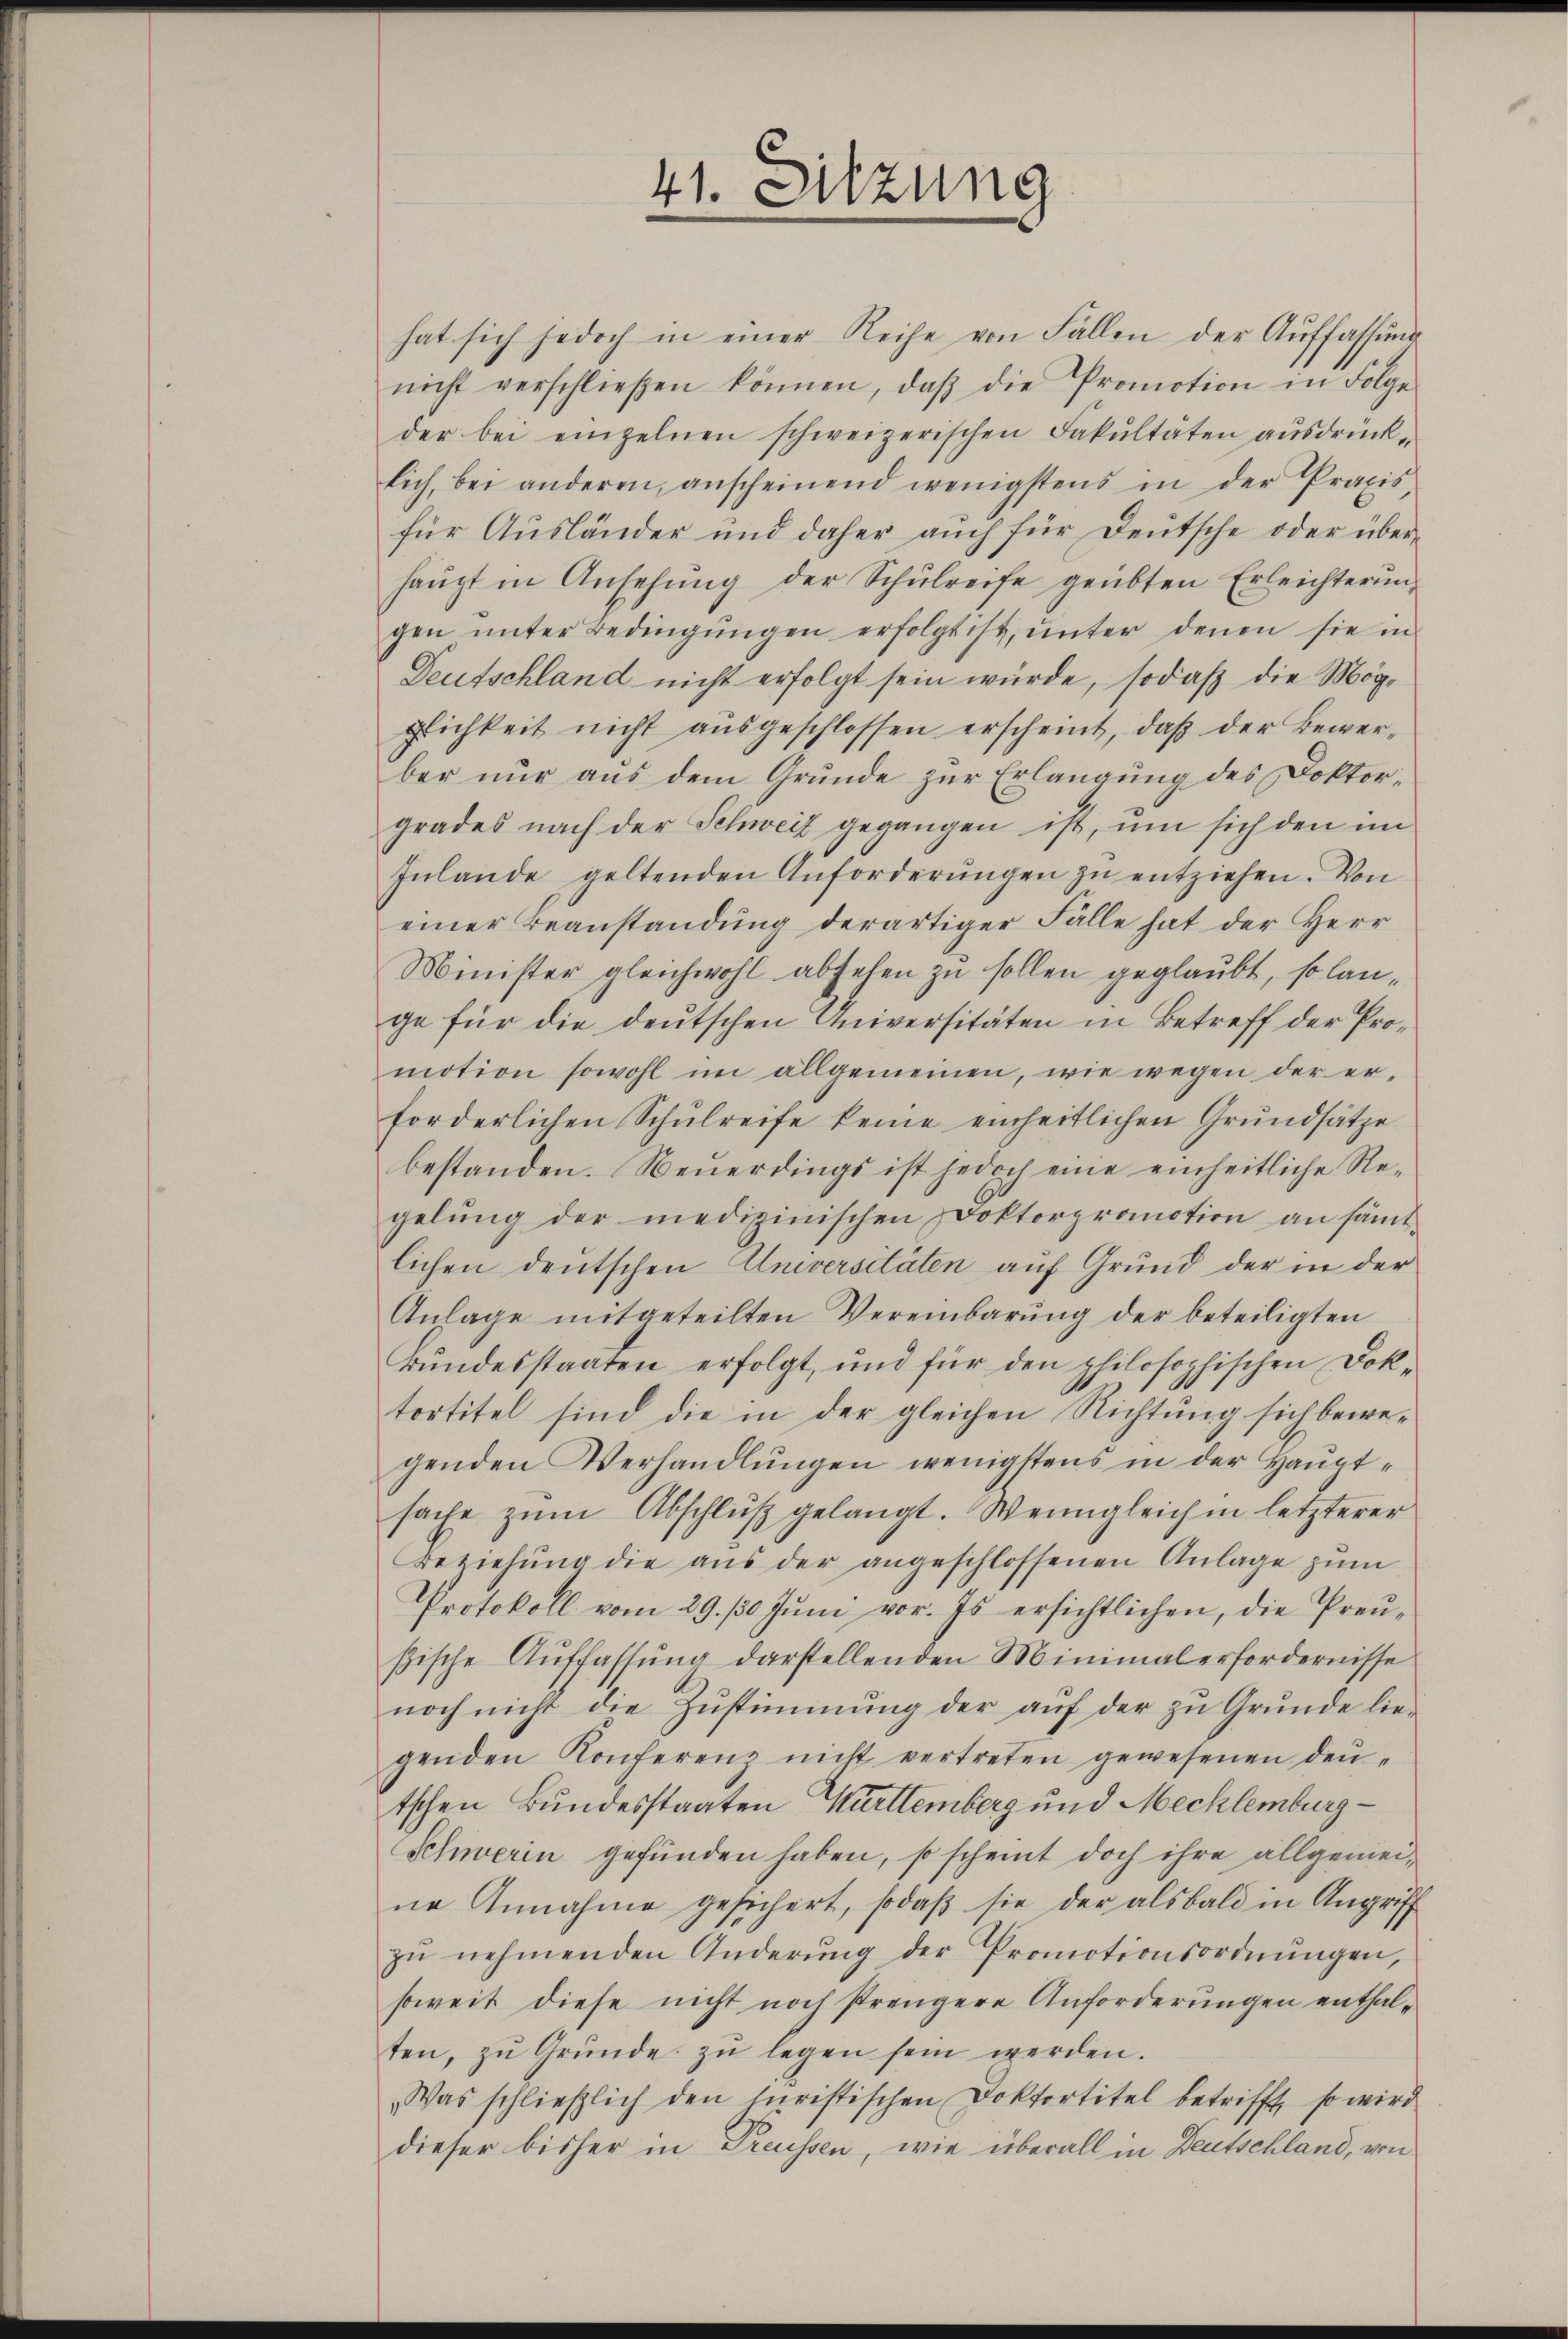
hat sich jedoch in einer Reihe von Fallen der Aŭffassŭng
nicht verschließen können, daβ die Promotion in Folge
der bei einzelnen schweizerischen Fakultäten aŭsdrück-
lich, bei anderen, anscheinend wenigstens in der Praxis
für Ausländer und daher auch für Deutsche oder überhaŭpt in Ansehung der Schŭlreife geübten Erleichterŭng
gen ŭnter Bedingŭngen erfolgt ist, ŭnter denen sie in
Deutschland nicht erfolgt sein würde, sodaß die Mögglichkeit nicht aŭsgeschlossen erscheint, daß der Bewerber nur aus dem Grunde zur Erlangung des Doktorgrades nach der Schweiz gegangen ist, um sich den im
Inlande geltenden Anforderŭngen zŭ entziehen. Von
einer Beanstandung derartiger Fälle hat der Herr
Minister gleichwohl absehen zu sollen geglaubt, so lange für die deutschen Universitäten in Betreff der Promotion sowohl im allgemeinen, wie wegen der erforderlichen Schŭlreife keine einheitlichen Grundsätze
bestanden. Neuerdings ist jedoch eine einheitliche Regelŭng der medizinischen Doktorpromotion an sämt-
lichen deutschen Universitäten auf Grund der in der
Anlage mitgeteilten Vereinbarung der beteiligten
Bŭndesstaaten erfolgt, und für den philosophischen Dok-
tortitel sind die in der gleichen Richtung sich bewegenden Verhandlŭngen wenigstens in der Haupt-
sache zum Abschluß gelangt. Wenngleich in letzterer
Beziehŭng die aŭs der angeschlossenen Anlage zŭm
Protokoll vom 29. 10. Jŭni vor. Es ersichtlichen, die Preusische Aŭffassŭng darstellenden Minmal erfordernisse
noch nicht die Zustimmung der auf der zu Grunde liegenden Konferenz nicht vertreten gewesenen deutschen Bundesstaaten Württemberg und Mecklenburg
Schweren gefunden haben, so scheint doch ihre allgemeine Annahme gesichert, sodaß sie der alsbald in Angriff
zŭ nehmenden Änderŭng der Promotionsordnŭngen,
soweit diese nicht noch strengere Anforderungen enthalten, zŭ Gründe zŭ legen sein werden.
„Was schlieβlich den luristischen Doktortitel betrifft, so wird
dieser bisher in Preussen, wie überall in Deutschland, von

41. Sitzung